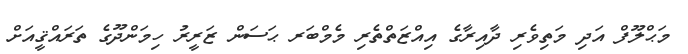
މަޙްލޫފް އަދި މަތިވެރި ދާއިރާގެ އިއްޒަތްތެރި މެމްބަރ ޙަސަން ޒަރީރު ހިމަންދޫގެ ތަރައްޤީއަށް